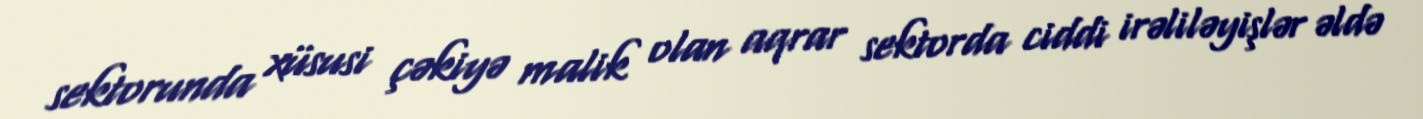
sektorunda xüsusi çəkiyə malik olan aqrar sektorda ciddi irəliləyişlər əldə